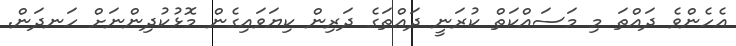
އެހެންވެ ދައްތަ މި މަސައްކަތް ކުރަނީ ދައްތަގެ ދަރިން ކިޔަވައިގެން މޮޅުކުދިންނަށް ހަނދަން.